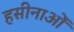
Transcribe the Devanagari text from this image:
हसीनाओं